Medical and sanitary report of the native army of Madras for the year
Year: 1878
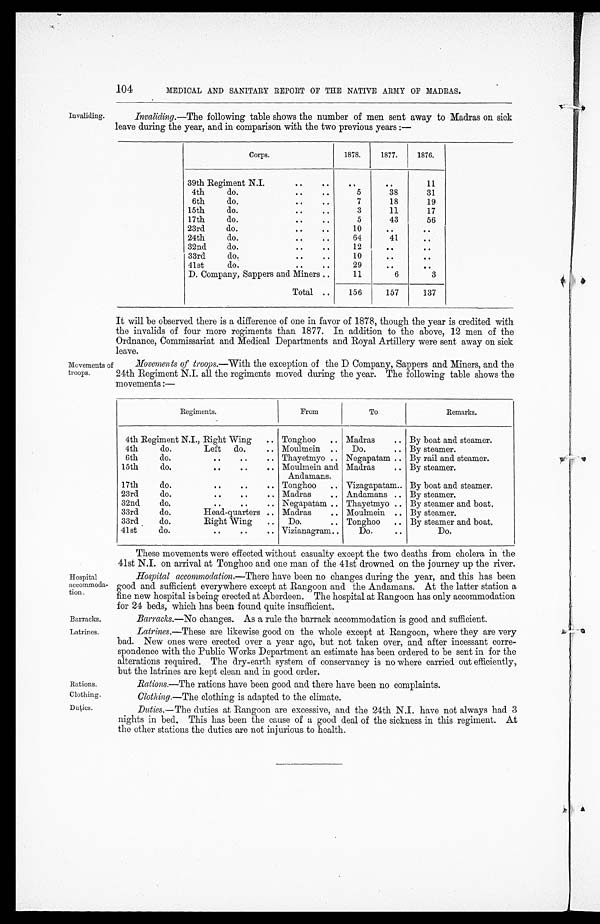
Hospital
accommoda-
tion.
Barracks.
Latrines.
Rations
Clothing.
Duties.
104
MEDICAL AND SANITARY REPORT OF THE NATIVE ARMY OF MADRAS.
Invaliding.
Invaliding.—The following table shows the number of men sent away to Madras on sick
leave during the year, and in comparison with the two previous years:—
Corps.
1878.
1877.
1876.
39th Regiment N.I.
. .
. .
. .
. .
11
4th
do.
. . . .
5
38
31
6th
d o .
. . . .
7
18
19
15th
d o .
..
. .
3
11
17
17th
d o .
..
..
5
43
56
23rd
d o .
..
. .
1 0
. .
. .
24th
d o .
. .
. .
6 4
41
. .
32nd
do.
..
. .
12
. .
. .
33rd
do.
. . ..
10
..
. .
41st
do.
. .
..
29
..
. .
D. Company, Sappers and Miners ..
11
6
3
Total . .
156
157
137
Movements of
troops.
It will be observed there is a difference of one in favor of 1878, though the year is credited with
the invalids of four more regiments than 1877. In addition to the above, 12 men of the
Ordnance, Commissariat and Medical Departments and Royal Artillery were sent away on sick
leave.
Movements of troops.—With the exception of the D Company, Sappers and Miners, and the
24th Regiment N.I. all the regiments moved during the year. The following table shows the
movements :—
Regiments.
From
To
Remarks.
4th Regiment N.I., Right
Left
Wing
do.
.. Tonghoo
. . Madras
.. By boat and steamer.
4th
do.
.. Moulmein .. Do.
.. By steamer.
6th
do.
..
..
.. Thayetmyo .. Negapatam .. By rail and steamer.
15th
do.
..
. .
. . Moulmein and
Andamans.
Madras
.. By steamer.
17th
do.
..
..
.. Tonghoo
. . Vizagapatam.. By boat and steamer.
23rd
do.
..
. . .. Madras
.. Andamans .. By steamer.
32nd
do.
..
. . .. Negapatam . . Thayetmyo .. By steamer and boat.
33rd
do.
Head-quarters .. Madras
.. Moulmein .. By steamer.
33rd
do.
Right Wing .. Do.
.. Tonghoo .. By steamer and boat.
41st
d o .
..
. . .. Vizianagram..
Do.
. .
Do.
These movements were effected without casualty except the two deaths from cholera in the
41st N.I. on arrival at Tonghoo and one man of the 41st drowned on the journey up the river.
Hospital accommodation. —There have been no changes during the year, and this has been
good and sufficient everywhere except at Rangoon and the Andamans. At the latter station a
fine new hospital is being erected at Aberdeen. The hospital at Rangoon has only accommodation
for 24 beds, which has been found quite insufficient.
Barracks. —No changes. As a rule the barrack accommodation is good and sufficient.
Latrines.—These are likewise good on the whole except at Rangoon, where they are very
bad. New ones were erected over a year ago, but not taken over, and after incessant corre-
spondence with the Public Works Department an estimate has been ordered to be sent in for the
alterations required. The dry-earth system of conservancy is no where carried out efficiently,
but the latrines are kept clean and in good order.
Rations.—The rations have been good and there have been no complaints.
Clothing. —The clothing is adapted to the climate.
Duties. —The duties at Rangoon are excessive, and the 24th N.I. have not always had 3
nights in bed. This has been the cause of a good deal of the sickness in this regiment. At
the other stations the duties are not injurious to health.